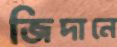
জিদানে